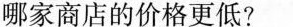
哪家商店的价格更低?